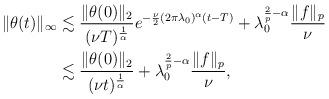
LaTeX: \begin{align*}\|\theta(t)\|_\infty &\lesssim \frac{\|\theta(0)\|_2}{(\nu T)^{\frac{1}{\alpha}}}e^{-\frac{\nu}2(2\pi\lambda_0)^\alpha (t-T)}+\lambda_0^{\frac2p -\alpha} \frac{\|f\|_p}{\nu}\\&\lesssim \frac{\|\theta(0)\|_2}{(\nu t)^{\frac{1}{\alpha}}}+\lambda_0^{\frac2p -\alpha} \frac{\|f\|_p}{\nu},\end{align*}